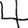
Digit: 4